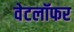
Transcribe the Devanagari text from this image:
वेटलॉफर